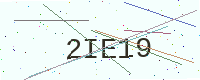
Text: 2IE19